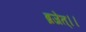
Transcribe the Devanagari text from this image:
ब्रजेत्।।